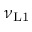
\nu _ { \mathrm { L 1 } }